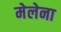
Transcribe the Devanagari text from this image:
मेलेना